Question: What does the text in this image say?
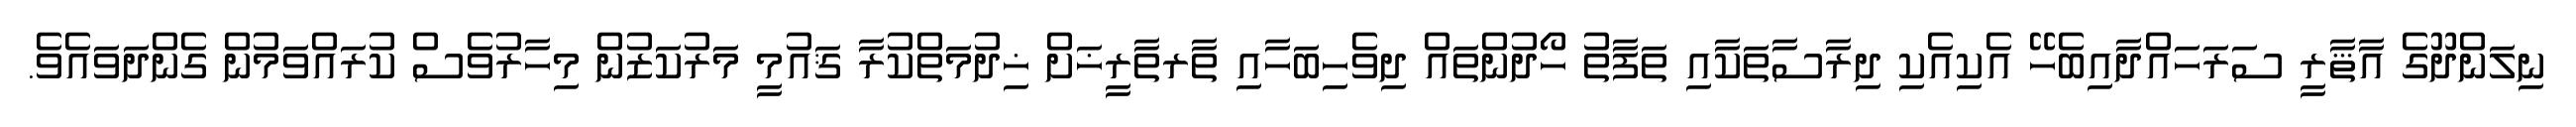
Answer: ނިލަންދޫގެ އާޘާރީ ސަރަހައްދާއިބެހޭ އެކިއެކި ދިރާސާތަކާއި ތަފާތު ހޯދުންތައް ދިވެހިބަހާއި ތާރތާރީޚަށް ޚިދުމަތްކުރާ ޤައުމީ މަރުކަޒުން މިހާރުވެސް ކުރައްވަމުން ގެންދަވައެވެ.